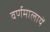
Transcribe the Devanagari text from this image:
वर्णमालायें